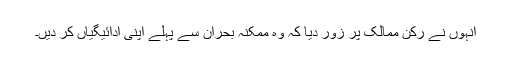
انہوں نے رکن ممالک پر زور دیا کہ وہ ممکنہ بحران سے پہلے اپنی ادائیگیاں کر دیں۔